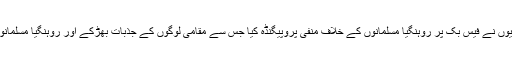
بدھ مت پیروکاروں اور میانمار آرمی کے حامیوں نے فیس بک پر روہنگیا مسلمانوں کے خلاف منفی پروپیگنڈہ کیا جس سے مقامی لوگوں کے جذبات بھڑکے اور روہنگیا مسلمانوں کے بہیمانہ قتل عام کی نئی تاریخ رقم ہوئی۔